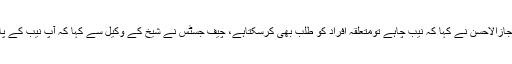
جسٹس اعجازالاحسن نے کہا کہ نیب چاہے تومتعلقہ افراد کو طلب بھی کرسکتاہے، چیف جسٹس نے شیخ کے وکیل سے کہا کہ آپ نیب کے پاس جائیں۔